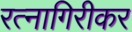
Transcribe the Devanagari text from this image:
रत्‍नागिरीकर